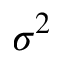
\sigma ^ { 2 }